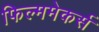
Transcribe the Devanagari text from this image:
फिल्ममेकर्स